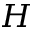
H